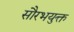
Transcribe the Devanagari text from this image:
सौरभयुक्त